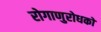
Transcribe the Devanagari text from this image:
रोगाणुरोधकों